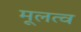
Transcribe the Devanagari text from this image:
मूलत्व